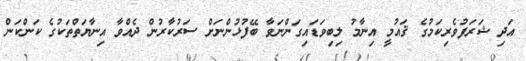
އަދި ޝަރަފުވެރިކަމުގެ ޤައުމީ އިނާމު ލިބިވަޑައިގަންނަވާ ބޭފުޅުންނަށް ސަރުކާރުން ދެއްވާ އިނާޔަތްތަކުގެ ކަންކަން